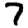
Digit: 7